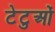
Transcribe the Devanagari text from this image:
टेटुओं